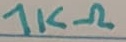
Text: 1KΩ